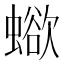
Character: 𧐄